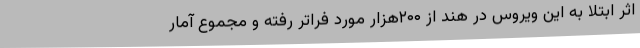
اثر ابتلا به این ویروس در هند از ۲۰۰هزار مورد فراتر رفته و مجموع آمار